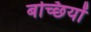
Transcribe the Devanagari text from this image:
बच्छियों